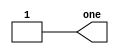
//no input, one output 1
module top_module( output one);
	assign one = 1;
endmodule